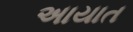
અાયાત